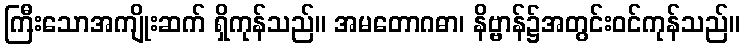
ကြီးသောအကျိုးဆက် ရှိကုန်သည်။ အမတောဂဓာ၊ နိဗ္ဗာန်၌အတွင်းဝင်ကုန်သည်။